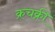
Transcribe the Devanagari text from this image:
क्रचक्री